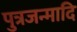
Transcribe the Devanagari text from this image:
पुत्रजन्मादि